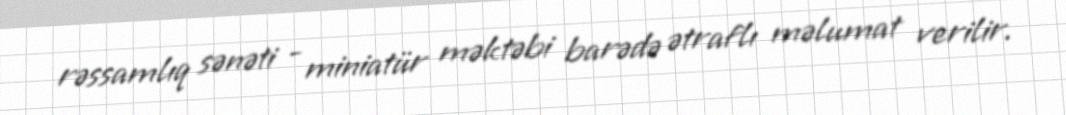
rəssamlıq sənəti - miniatür məktəbi barədə ətraflı məlumat verilir.